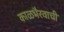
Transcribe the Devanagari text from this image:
काळभैरवाची